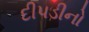
દીપડીનો